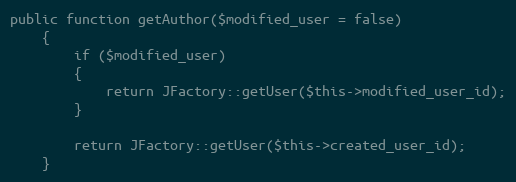
Language: PHP
public function getAuthor($modified_user = false)
	{
		if ($modified_user)
		{
			return JFactory::getUser($this->modified_user_id);
		}

		return JFactory::getUser($this->created_user_id);
	}